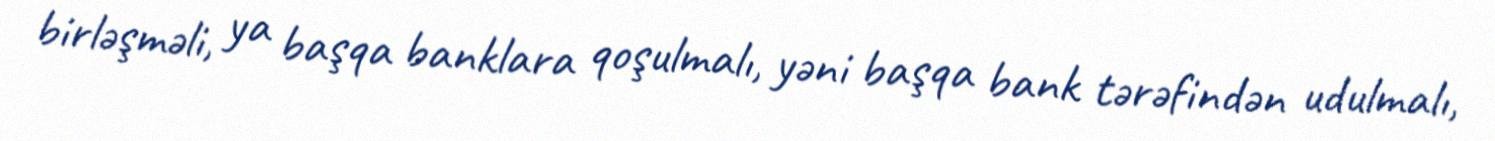
birləşməli, ya başqa banklara qoşulmalı, yəni başqa bank tərəfindən udulmalı,